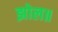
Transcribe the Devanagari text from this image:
झोल॥